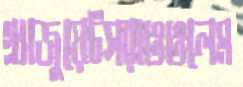
গ্র্যাজুয়েটসরাওওলেম